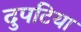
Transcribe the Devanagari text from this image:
दुपटिया